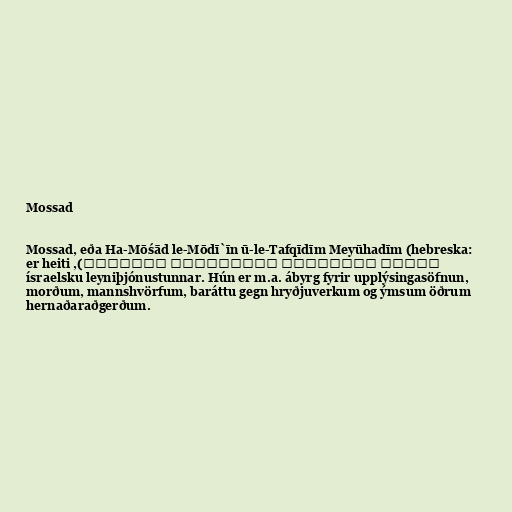
Mossad

Mossad, eða Ha-Mōśād le-Mōdī`īn ū-le-Tafqīdīm Meyūhadīm (hebreska:
המוסד למודיעין ולתפקידים מיוחדים), er heiti
ísraelsku leyniþjónustunnar. Hún er m.a. ábyrg fyrir upplýsingasöfnun,
morðum, mannshvörfum, baráttu gegn hryðjuverkum og ýmsum öðrum
hernaðaraðgerðum.